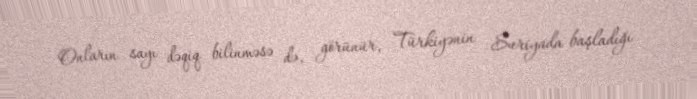
Onların sayı dəqiq bilinməsə də, görünür, Türkiyənin Suriyada başladığı